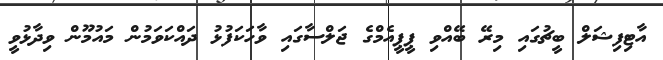
އާޓިފިޝަލް ބީޗުގައި މިރޭ ބޭއްވި ޕީޕީއެމްގެ ޖަލްސާގައި ވާހަކަފުޅު ދައްކަވަމުން މައުމޫން ވިދާޅުވީ